Report of the Imperial Institute of Veterinary Research, Muktesar
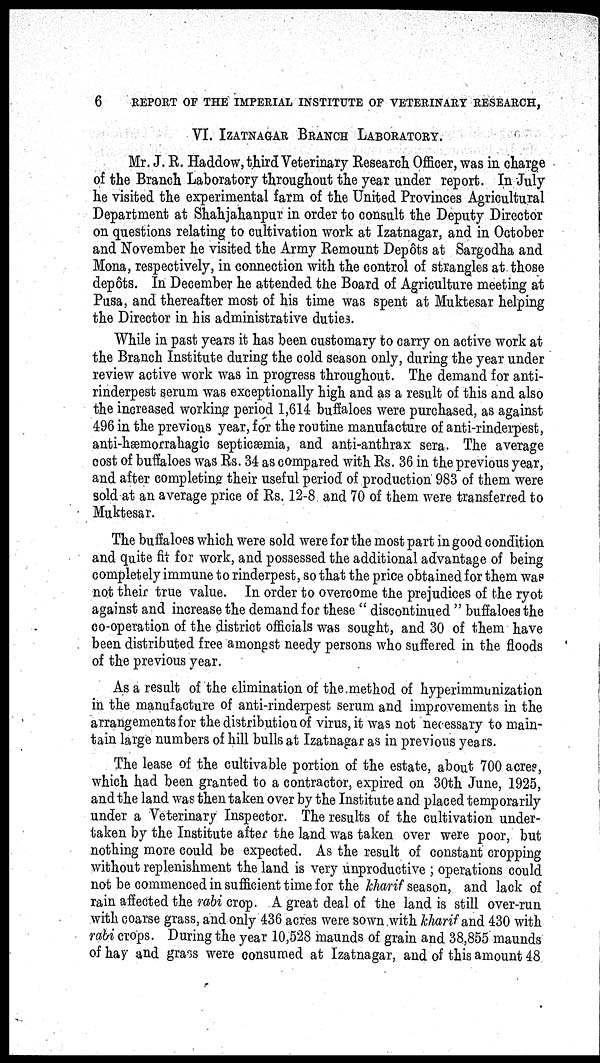
6
REPORT OF THE IMPERIAL INSTITUTE OF VETERINARY RESEARCH,
VI. IZATNAGAR BRANCH LABORATORY.
Mr. J. R. Haddow, third Veterinary Research Officer, was in charge
of the Branch Laboratory throughout the year under report. In July
he visited the experimental farm of the United Provinces Agricultural
Department at Shahjahanpur in order to consult the Deputy Director
on questions relating to cultivation work at Izatnagar, and in October
and November he visited the Army Remount Depôts at Sargodha and
Mona, respectively, in connection with the control of strangles at those
depôts. In December he attended the Board of Agriculture meeting at
Pusa, and thereafter most of his time was spent at Muktesar helping
the Director in his administrative duties.
While in past years it has been customary to carry on active work at
the Branch Institute during the cold season only, during the year under
review active work was in progress throughout. The demand for anti-
rinderpest serum was exceptionally high and as a result of this and also
the increased working period 1,614 buffaloes were purchased, as against
496 in the previous year, for the routine manufacture of anti-rinderpest,
anti-hæmorrahagic septicæmia, and anti-anthrax sera. The average
cost of buffaloes was Rs. 34 as compared with Rs. 36 in the previous year,
and after completing their useful period of production 983 of them were
sold at an average price of Rs. 12-8 and 70 of them were transferred to
Muktesar.
The buffaloes which were sold were for the most part in good condition
and quite fit for work, and possessed the additional advantage of being
completely immune to rinderpest, so that the price obtained for them was
not their true value. In order to overcome the prejudices of the ryot
against and increase the demand for these " discontinued " buffaloes the
co-operation of the district officials was sought, and 30 of them have
been distributed free amongst needy persons who suffered in the floods
of the previous year.
As a result of the elimination of the method of hyperimmunization
in the manufacture of anti-rinderpest serum and improvements in the
arrangements for the distribution of virus, it was not necessary to main-
tain large numbers of hill bulls at Izatnagar as in previous years.
The lease of the cultivable portion of the estate, about 700 acres,
which had been granted to a contractor, expired on 30th June, 1925,
and the land was then taken over by the Institute and placed temporarily
under a Veterinary Inspector. The results of the cultivation under-
taken by the Institute after the land was taken over were poor, but
nothing more could be expected. As the result of constant cropping
without replenishment the land is very unproductive ; operations could
not be commenced in sufficient time for the kharif season, and lack of
rain affected the rabi crop. A great deal of the land is still over-run
with coarse grass, and only 436 acres were sown with kharif and 430 with
rabi crops. During the year 10,528 maunds of grain and 38,855 maunds
of hay and grass were consumed at Izatnagar, and of this amount 48